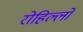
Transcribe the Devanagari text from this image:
रोहिल्लो